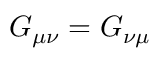
G _ { \mu \nu } = G _ { \nu \mu }